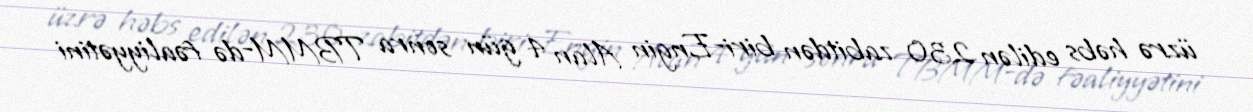
üzrə həbs edilən 230 zabitdən biri-Engin Alan 4 gün sonra TBMM-də fəaliyyətini